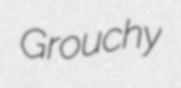
Grouchy